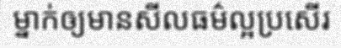
ម្នាក់ឲ្យមានសីលធម៌ល្អប្រសើរ